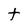
Character: t